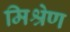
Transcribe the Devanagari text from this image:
मिश्रेण